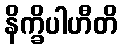
နိက္ခိပါဟီတိ